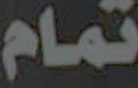
تمام